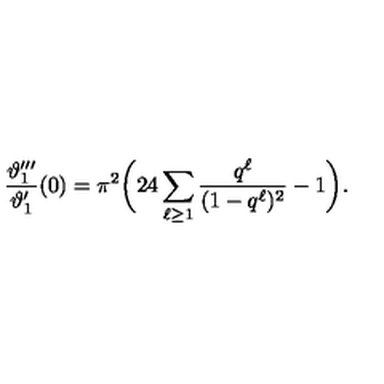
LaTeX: \frac { \vartheta _ { 1 } ^ { \prime \prime \prime } } { \vartheta _ { 1 } ^ { \prime } } ( 0 ) = \pi ^ { 2 } \biggl ( 2 4 \sum _ { \ell \geq 1 } \frac { q ^ { \ell } } { ( 1 - q ^ { \ell } ) ^ { 2 } } - 1 \biggr ) .